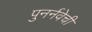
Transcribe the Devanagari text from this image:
पुनर्नवेची